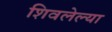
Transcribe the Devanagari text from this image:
शिवलेल्या